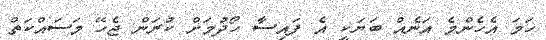
ހަމަ އެހެންމެ އަނެއް ބަޔަކީ އެ ފައިސާ ހޯދުމަށް ކުރަން ޖެހޭ މަސައްކަތް